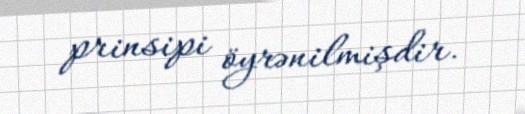
prinsipi öyrənilmişdir.